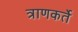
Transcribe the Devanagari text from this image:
त्राणकर्ते